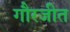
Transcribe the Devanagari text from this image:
गौरजीत